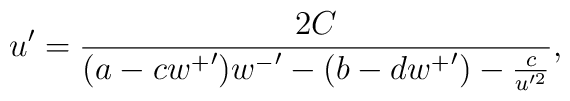
u' = \frac{2C}{(a - c{w^+}'){w^-}' - ( b - d{w^+}') - \frac{c}{u'^2}},